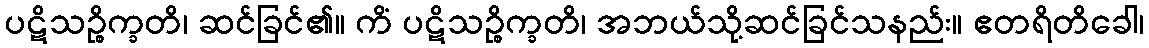
ပဋိသဉ္စိက္ခတိ၊ ဆင်ခြင်၏။ ကိံ ပဋိသဉ္စိက္ခတိ၊ အဘယ်သို့ဆင်ခြင်သနည်း။ ဧတရိတိခေါ၊